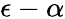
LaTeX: \epsilon-\alpha